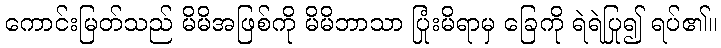
ကောင်းမြတ်သည် မိမိအဖြစ်ကို မိမိဘာသာ ပြုံးမိရာမှ ခြေကို ရဲရဲပြု၍ ရပ်၏။